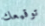
توقيعك